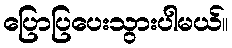
ပြောပြပေးသွားပါမယ်။